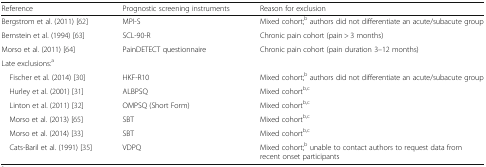
| Reference | Prognostic screening instruments | Reason for exclusion |
 | --- | --- | --- |
 | Bergstrom et al. (2011) [62] | MPI-S | Mixed cohort;b authors did not differentiate an acute/subacute group |
 | Bernstein et al. (1994) [63] | SCL-90-R | Chronic pain cohort (pain > 3 months) |
 | Morso et al. (2011) [64] | PainDETECT questionnaire | Chronic pain cohort (pain duration 3–12 months) |
 | <COLSPAN=3> Late exclusions:a |
 | Fischer et al. (2014) [30] | HKF-R10 | Mixed cohort;b authors did not differentiate an acute/subacute group |
 | Hurley et al. (2001) [31] | ALBPSQ | Mixed cohortb,c |
 | Linton et al. (2011) [32] | OMPSQ (Short Form) | Mixed cohortb,c |
 | Morso et al. (2013) [65] | SBT | Mixed cohortb,c |
 | Morso et al. (2014) [33] | SBT | Mixed cohortb,c |
 | Cats-Baril et al. (1991) [35] | VDPQ | Mixed cohort;b unable to contact authors to request data from recent onset participants |